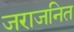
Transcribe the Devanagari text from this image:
जराजनित